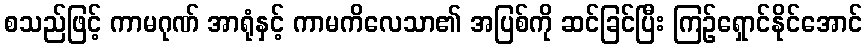
စသည်ဖြင့် ကာမဂုဏ် အာရုံနှင့် ကာမကိလေသာ၏ အပြစ်ကို ဆင်ခြင်ပြီး ကြဉ်ရှောင်နိုင်အောင်